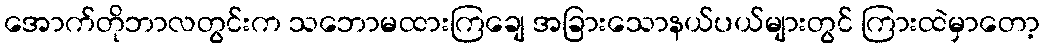
အောက်တိုဘာလတွင်းက သဘောမထားကြချေ အခြားသောနယ်ပယ်များတွင် ကြားထဲမှာတော့